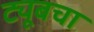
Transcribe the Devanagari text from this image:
ट्यूबचा